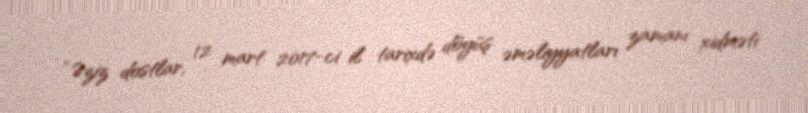
“Əziz dostlar, 12 mart 2017-ci il tarixdə döyüş əməliyyatları zamanı xidməti